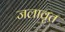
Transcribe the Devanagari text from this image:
जलावृत